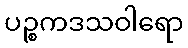
ပဉ္စကဒသဝါရော